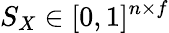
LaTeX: S_{X}\in[0,1]^{n\times f}